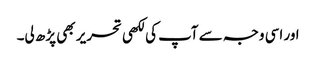
اور اسی وجہ سے آپ کی لکھی تحریر بھی پڑھ لی۔